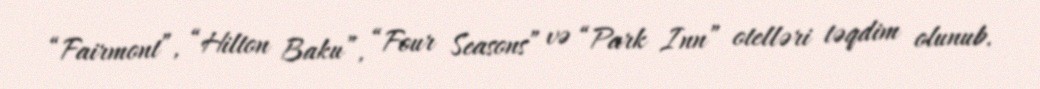
“Fairmont”, “Hilton Baku”, “Four Seasons” və “Park Inn” otelləri təqdim olunub.